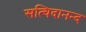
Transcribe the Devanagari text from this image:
सत्चिदानन्द